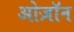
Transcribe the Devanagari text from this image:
ओज़ॉन